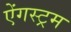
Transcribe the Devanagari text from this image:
ऐंगस्ट्रम